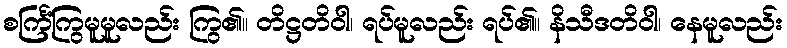
စင်္ကြံကြွမူမူလည်း ကြွ၏။ တိဋ္ဌတိဝါ၊ ရပ်မူလည်း ရပ်၏။ နိသီဒတိဝါ၊ နေမူလည်း